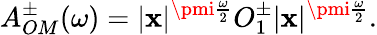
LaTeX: A_{OM}^{\pm}(\omega)=|\mathbf{x}|^{\pmi\frac{{\omega}}{{2}}}O_{1}^{\pm}|\mathbf{x}|^{\pmi\frac{{\omega}}{{2}}}.